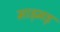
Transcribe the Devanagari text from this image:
माड़मड़